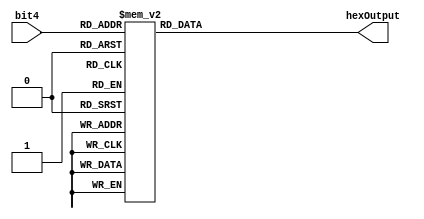

//=======================================================
//  This code is generated by Terasic System Builder
//=======================================================

module seg7(

	//////////// SEG7 //////////
	input				  [3:0]		bit4,
	output reg	 	  [7:0]		hexOutput
	
);



//=======================================================
//  REG/WIRE declarations
//=======================================================




//=======================================================
//  Structural coding
//=======================================================

////////////USE A SINGLE CASE STATEMENT INSIDE AN ALWAYS BLOCK
///////OUT
always @(*)
begin
	case (bit4)
	4'b0000 : hexOutput = 8'b11000000;
	4'b0001 : hexOutput = 8'b11111001;
	4'b0010 : hexOutput = 8'b10100100;
	4'b0011 : hexOutput = 8'b10110000;
	4'b0100 : hexOutput = 8'b10011001;
	4'b0101 : hexOutput = 8'b10010010;
	4'b0110 : hexOutput = 8'b10000010;
	4'b0111 : hexOutput = 8'b11111000;
	4'b1000 : hexOutput = 8'b10000000;
	4'b1001 : hexOutput = 8'b10011000;
	4'b1010 : hexOutput = 8'b10001000;
	4'b1011 : hexOutput = 8'b10000011;
	4'b1100 : hexOutput = 8'b11000110;
	4'b1101 : hexOutput = 8'b10100001;
	4'b1110 : hexOutput = 8'b10000110;
	4'b1111 : hexOutput = 8'b10001110;
	endcase
end

endmodule